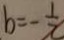
b = - \frac { 1 } { 2 }